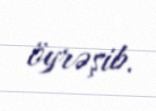
öyrəşib.